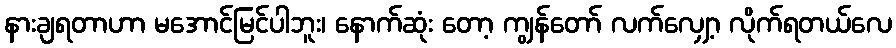
နားချရတာဟာ မအောင်မြင်ပါဘူး၊ နောက်ဆုံး တော့ ကျွန်တော် လက်လျှော့ လိုက်ရတယ်လေ